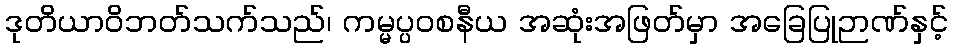
ဒုတိယာဝိဘတ်သက်သည်၊ ကမ္မပ္ပဝစနီယ အဆုံးအဖြတ်မှာ အခြေပြုဉာဏ်နှင့်